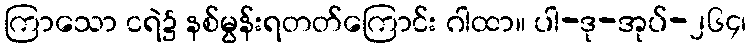
ကြာသော ငရဲ၌ နစ်မွန်းရတတ်ကြောင်း ဂါထာ။ ပါ-ဒု-အုပ်-၂၆၄၊